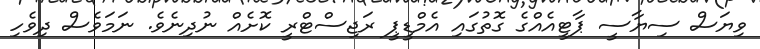
ވިޔަސް ސިޔާސީ ޕާޓީއެއްގެ ގޮތުގައި އެމްޑީޕީ ރަޖިސްޓްރީ ކޮށެއް ނުދިނެވެ. ނަމަވެސް ދިވެހި